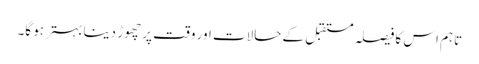
تاہم اس کا فیصلہ مستقبل کے حالات اور وقت پر چھوڑ دینا بہتر ہو گا۔